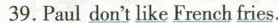
39.Paul don't like French fries.